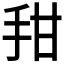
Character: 𰓍